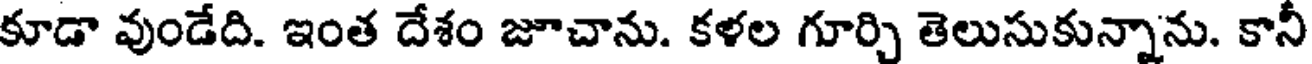
కూడా వుండేది. ఇంత దేశం జూచాను. కళల గూర్చి తెలుసుకున్నాను. కానీ